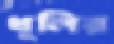
ধূলির